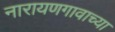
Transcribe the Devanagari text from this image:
नारायणगावाच्या